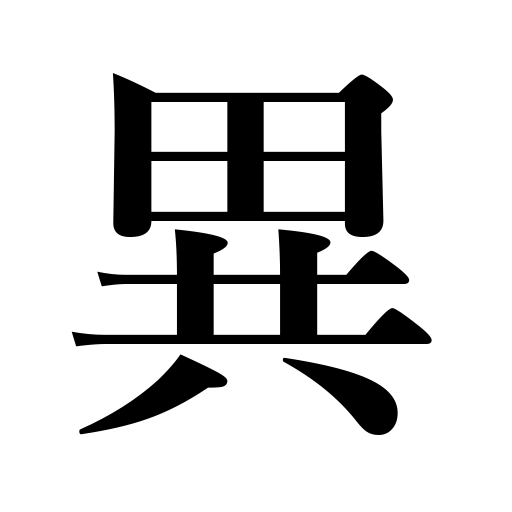
Meanings: uncommonness,vary,be unusual,queerness,strangeness,difference,differ